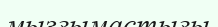
мызғымастығы